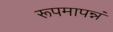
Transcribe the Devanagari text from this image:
रूपमापन्नं